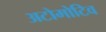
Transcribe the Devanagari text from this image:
अटोमोटिव